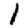
Digit: 1